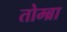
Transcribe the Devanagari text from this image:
तोम्ब्रा